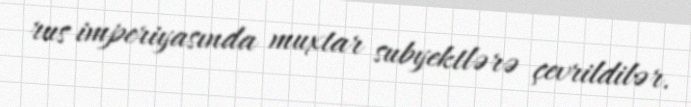
rus imperiyasında muxtar subyektlərə çevrildilər.